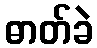
ဓာတ်ခဲ